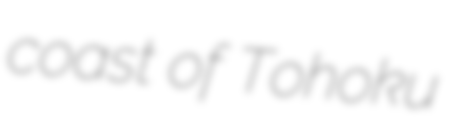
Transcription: coast of Tohoku